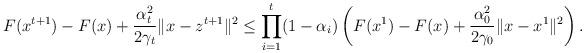
LaTeX: \begin{align*}F(x^{t+1})-F(x)+\frac{\alpha_t^2}{2\gamma_t}\|x-z^{t+1}\|^2\leq\prod_{i=1}^t(1-\alpha_i)\left(F(x^1)-F(x)+\frac{\alpha^2_{0}}{2\gamma_{0}}\|x-x^1\|^2\right).\end{align*}